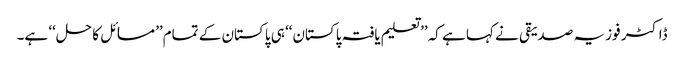
ڈاکٹر فوزیہ صدیقی نے کہا ہے کہ’’ تعلیم یافتہ پاکستان‘‘ ہی پاکستان کے تمام’’ مسائل کا حل‘‘ ہے۔